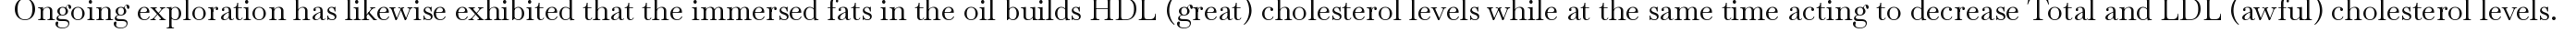
Ongoing exploration has likewise exhibited that the immersed fats in the oil builds HDL (great) cholesterol levels while at the same time acting to decrease Total and LDL (awful) cholesterol levels.